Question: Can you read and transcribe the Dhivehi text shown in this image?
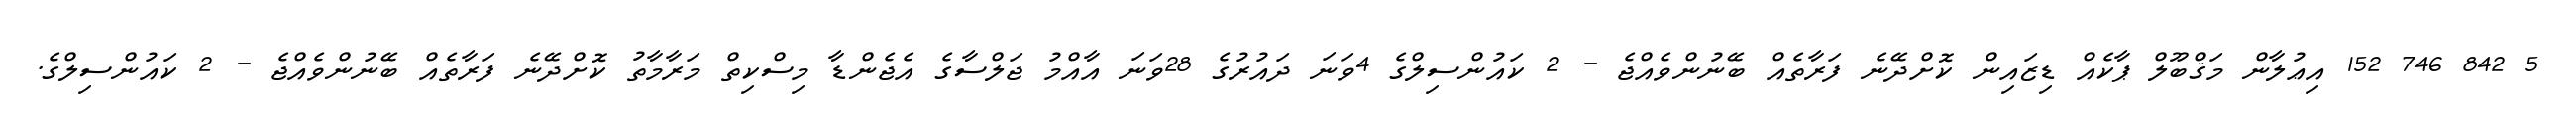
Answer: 5 842 746 152 އިޢުލާން މަޤްބޫލް ޕާކެއް ޑިޒައިން ކޮށްދޭނެ ފަރާތެއް ބޭނުންވެއްޖެ - 2 ކައުންސިލްގެ 4ވަނަ ދައުރުގެ 28ވަނަ އާއްމު ޖަލްސާގެ އެޖެންޑާ މިސްކިތް މަރާމާތު ކޮށްދޭނެ ފަރާތެއް ބޭނުންވެއްޖެ - 2 ކައުންސިލްގެ.